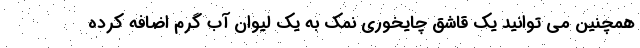
همچنین می توانید یک قاشق چایخوری نمک به یک لیوان آب گرم اضافه کرده